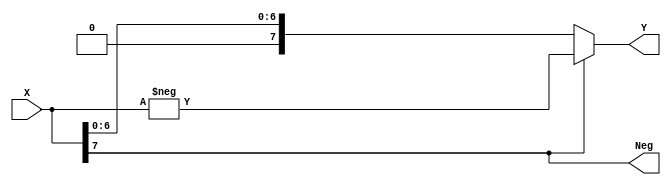
module Abs8(X,Y,Neg);

	input [7:0] X;
	output [7:0] Y;
	output Neg;
	
	assign Neg = X[7];
	assign Y = Neg ? -X : X;

endmodule